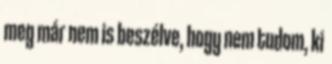
meg már nem is beszélve, hogy nem tudom, ki